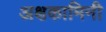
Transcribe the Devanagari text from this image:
अक्षकामिनी